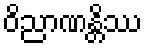
ဝိညာဏန္တိဿ